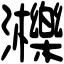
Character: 𤄿